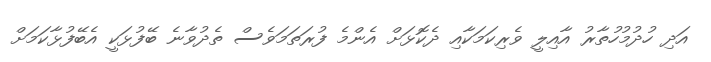
އަދި ހުދުމުހުތާރު އާއިލީ ވެރިކަމަކާއި ދެކޮޅަށް އެންމެ ފުރަތަމަވެސް ތެދުވާނެ ބޭފުޅަކީ އެބޭފުޅާކަމަށް